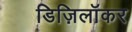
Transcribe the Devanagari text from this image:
डिज़िलॉकर